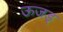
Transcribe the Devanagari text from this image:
ऊजड्